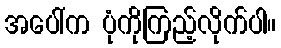
အပေါ်က ပုံကိုကြည့်လိုက်ပါ။